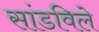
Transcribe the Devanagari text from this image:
सांडविले